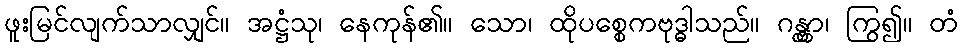
ဖူးမြင်လျက်သာလျှင်။ အဋ္ဌံသု၊ နေကုန်၏။ သော၊ ထိုပစ္စေကဗုဒ္ဓါသည်။ ဂန္တွာ၊ ကြွ၍။ တံ